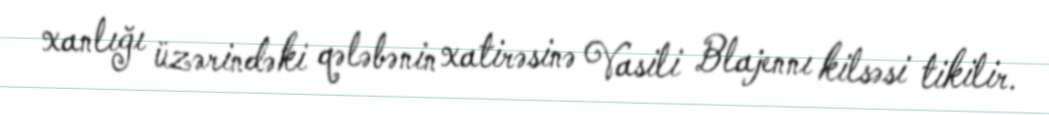
xanlığı üzərindəki qələbənin xatirəsinə Vasili Blajennı kilsəsi tikilir.